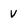
Character: V